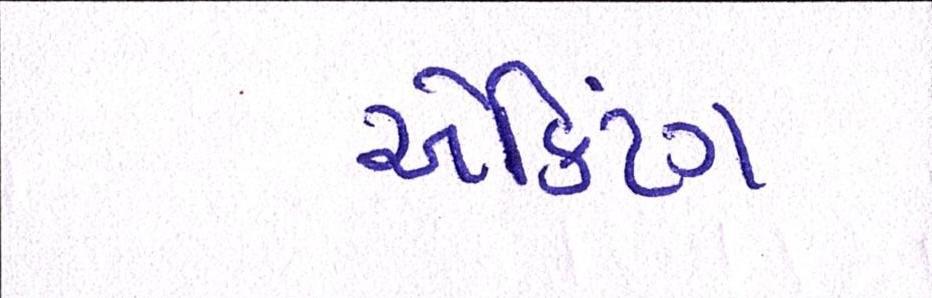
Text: ઍક્ટિંગ